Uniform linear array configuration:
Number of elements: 4
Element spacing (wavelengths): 0.5
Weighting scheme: blackman
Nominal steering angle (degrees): -45
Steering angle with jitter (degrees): -43.201
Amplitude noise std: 0.05
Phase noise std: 0.05

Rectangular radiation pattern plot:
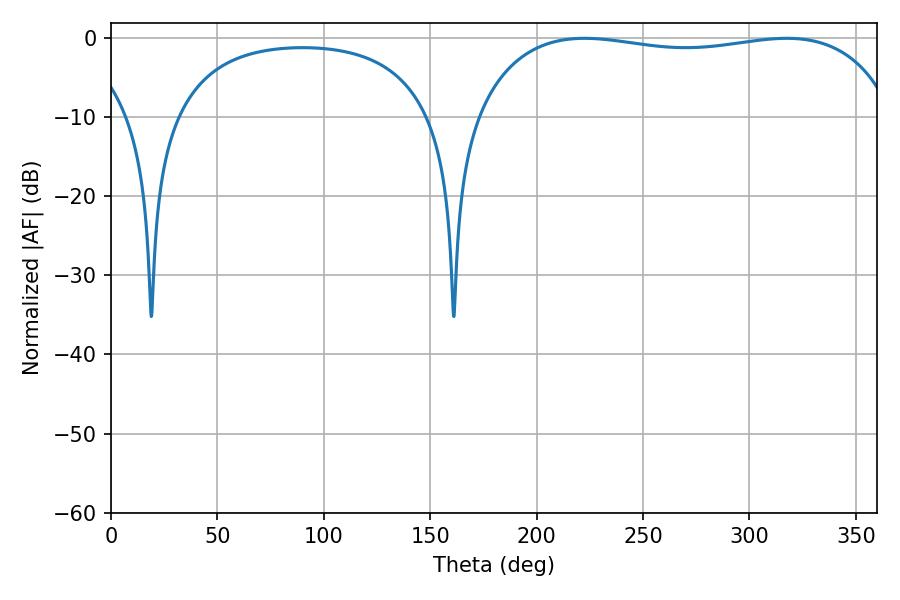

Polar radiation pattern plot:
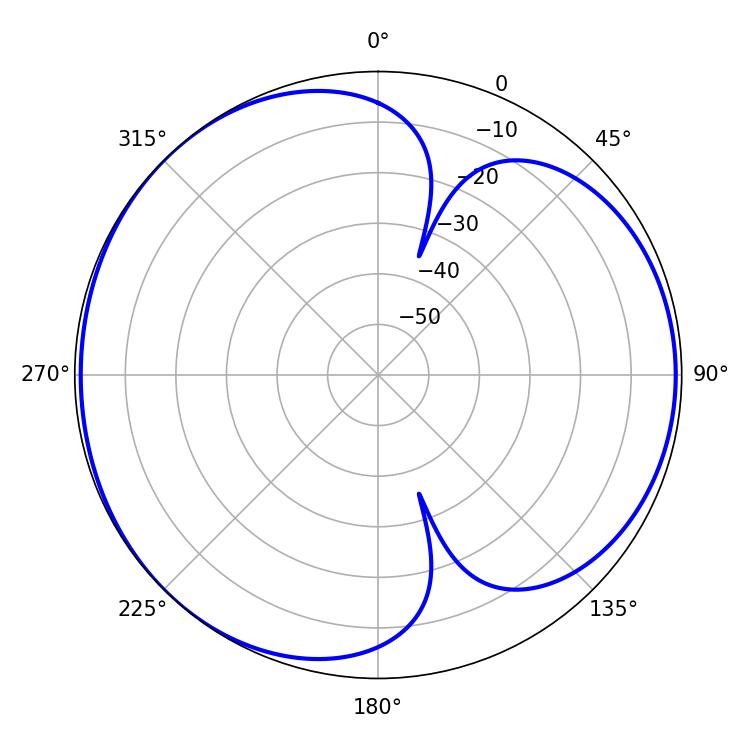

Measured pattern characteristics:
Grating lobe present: FALSE
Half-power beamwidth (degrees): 159.48
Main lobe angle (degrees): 222.48